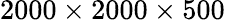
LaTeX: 2000\times 2000\times 500